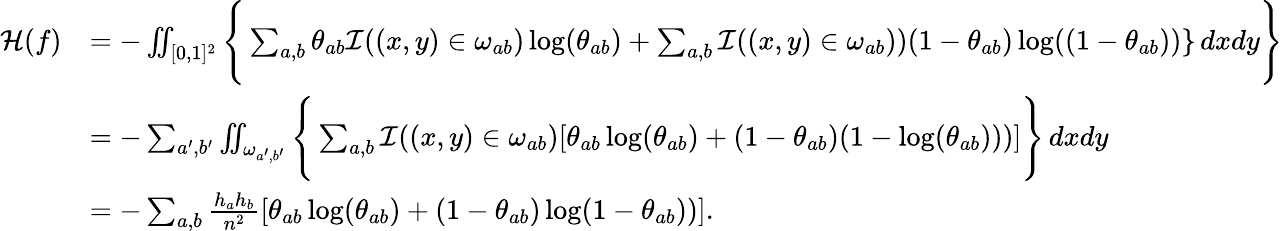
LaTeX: \begin{array}{rl}{{\mathcal{H}}(f)}&{=-\iint_{[0,1]^{2}}\Bigg\{ \sum_{a,b}\theta_{ab}\mathcal{I}((x,y)\in\omega_{ab})\log(\theta_{ab})+\sum_{a,b}\mathcal{I}((x,y)\in\omega_{ab}))(1-\theta_{ab})\log((1-\theta_{ab}))\} \, dxdy\Bigg\} }\\ &{=-\sum_{a^{\prime},b^{\prime}}\iint_{\omega_{a^{\prime},b^{\prime}}}\Bigg\{ \sum_{a,b}\mathcal{I}((x,y)\in\omega_{ab})[\theta_{ab}\log(\theta_{ab})+(1-\theta_{ab})(1-\log(\theta_{ab})))]\Bigg\} \, dxdy}\\ &{=-\sum_{a,b}\frac{h_{a}h_{b}}{n^{2}}[\theta_{ab}\log(\theta_{ab})+(1-\theta_{ab})\log(1-\theta_{ab}))].}\end{array}